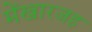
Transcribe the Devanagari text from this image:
मेंखारजह